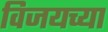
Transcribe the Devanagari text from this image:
विजयच्या